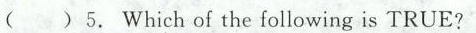
()5. Which of the following is TRUE?